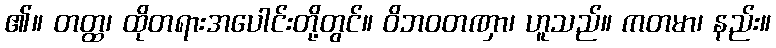
၏။ တတ္ထ၊ ထိုတရားအပေါင်းတို့တွင်။ ဝိဘဝတဏှာ၊ ဟူသည်။ ကတမာ၊ နည်း။